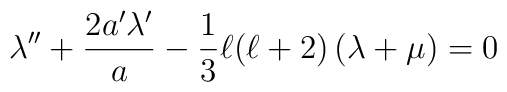
\lambda''+\frac{2a' \lambda'}{a}-\frac{1}{3}\ell(\ell+2)\left(\lambda+\mu\right)=0